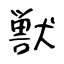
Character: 獣